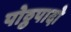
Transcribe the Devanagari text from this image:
पोठ्ठपादो